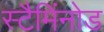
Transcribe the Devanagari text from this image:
स्टैमिंनोड